Regulations for the medical services of the Army of India
Year: 1930
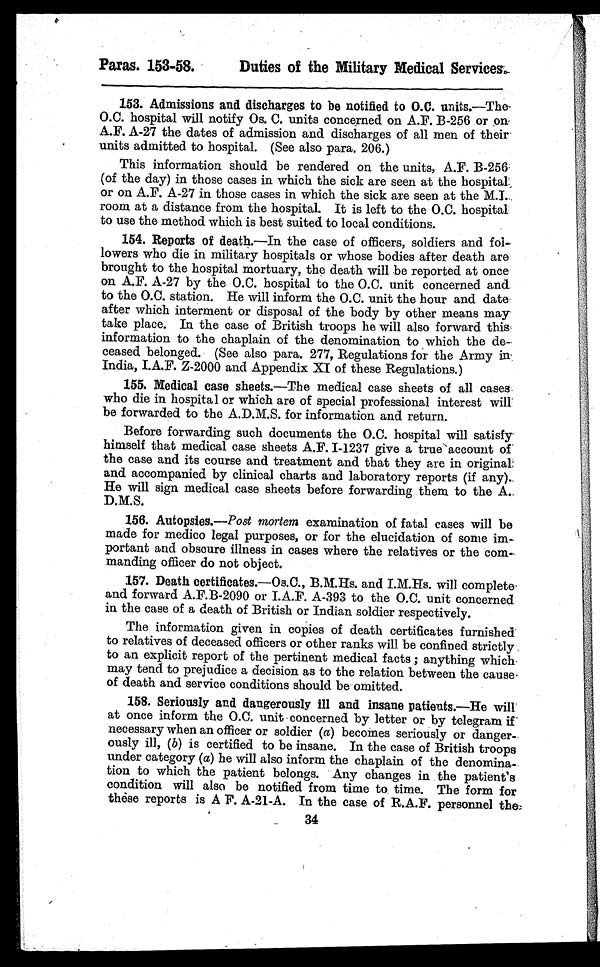
Paras. 153-58.
Duties of the Military Medical Services.
153. Admissions and discharges to be notified to O.C. units.—The-
0.0. hospital will notify Os. C. units concerned on A.F. B-256 or on
A.F. A-27 the dates of admission and discharges of all men of their
units admitted to hospital. (See also para. 206.)
This information should be rendered on the units, A.F. B-256-
(of the day) in those cases in which the sick are seen at the hospital,
or on A.F. A-27 in those cases in which the sick are seen at the M.1.
room at a distance from the hospital. It is left to the 0.C. hospital
to use the method which is best suited to local conditions.
154. Reports of death.—In the case of officers, soldiers and fol-
lowers who die in military hospitals or whose bodies after death are
brought to the hospital mortuary, the death will be reported at once
on A.F. A-27 by the 0.C. hospital to the 0.C. unit concerned and
to the 0.C. station. He will inform the 0.C. unit the hour and date•
after which interment or disposal of the body by other means may
take place. In the case of British troops he will also forward this
information to the chaplain of the denomination to which the de-
ceased belonged. (See also para. 277, Regulations for the Army in:
India, I.A.F. Z-2000 and Appendix XI of these Regulations.)
155. Medical case sheets.—The medical case sheets of all cases•
who die in hospital or which are of special professional interest will'
be forwarded to the A.D.M.S. for information and return.
Before forwarding such documents the 0.C. hospital will satisfy
himself that medical case sheets A.F. 1-1237 give a true'account of
the case and its course and treatment and that they are in original:
and accompanied by clinical charts and laboratory reports (if any)._
He will sign medical case sheets before forwarding them to the A..
D.M.S.
156. Autopsies.—Post mortem examination of fatal cases will be
made for medico legal purposes, or for the elucidation of sonic im-
portant and obscure illness in cases where the relatives or the com-
manding officer do not object.
157. Death certificates.-0s.C., B.M.Hs. and I.M.Hs. will complete•
and forward A.F.B-2090 or I.A.F. A-393 to the O.C. unit concerned
in the case of a death of British or Indian soldier respectively.
The information given in copies of death certificates furnished
to relatives of deceased officers or other ranks will be confined strictly
to an explicit report of the pertinent medical facts ; anything which
may tend to prejudice a decision as to the relation between the cause•
of death and service conditions should be omitted.
158. Seriously and dangerously ill and insane patients.—He will'
at once inform the 0.C. unit concerned by letter or by telegram if
necessary when an officer or soldier (a) becomes seriously or danger-
ously ill, (b) is certified to be insane. In the case of British troops
under category (a) he will also inform the chaplain of the denomina-
tion to which the patient belongs. Any changes in the patient's
condition will also be notified from time to time. The form for
these reports is A F. A.21-A. In the case of R.A.F. personnel the,
34